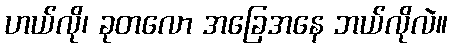
ဟယ်လို၊ ခုတလော အခြေအနေ ဘယ်လိုလဲ။